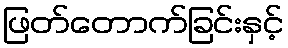
ဖြတ်တောက်ခြင်းနှင့်